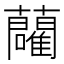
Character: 𬟢